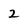
Character: 2